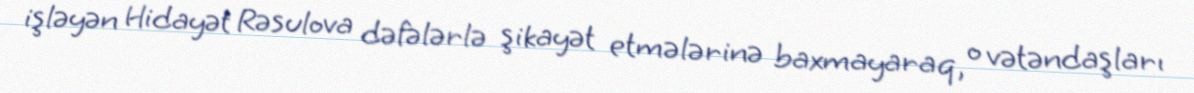
işləyən Hidayət Rəsulova dəfələrlə şikayət etmələrinə baxmayaraq, o vətəndaşları